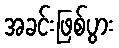
အခင်းဖြစ်ပွား